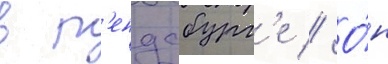
в р'ендсбург'е // О́н